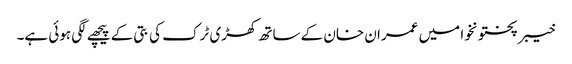
خیبر پختونخوا میں عمران خان کے ساتھ کھڑی ٹرک کی بتی کے پیچھے لگی ہوئی ہے۔